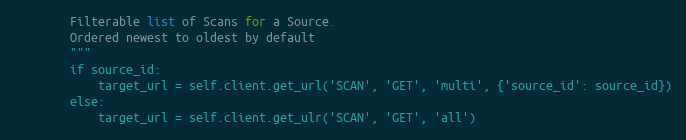
Language: Python
        Filterable list of Scans for a Source.
        Ordered newest to oldest by default
        """
        if source_id:
            target_url = self.client.get_url('SCAN', 'GET', 'multi', {'source_id': source_id})
        else:
            target_url = self.client.get_ulr('SCAN', 'GET', 'all')